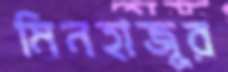
মিনহাজুর